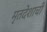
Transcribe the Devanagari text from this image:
मृतदेशाची